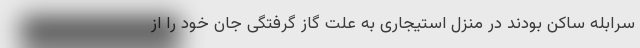
سرابله ساکن بودند در منزل استیجاری به علت گاز گرفتگی جان خود را از